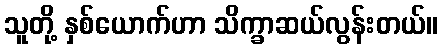
သူတို့ နှစ်ယောက်ဟာ သိက္ခာဆယ်လွန်းတယ်။